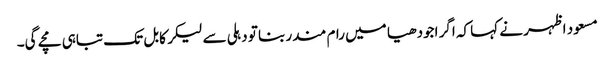
مسعود اظہر نے کہا کہ اگر اجودھیا میں رام مندر بنا تو دہلی سے لیکر کابل تک تباہی مچے گی۔